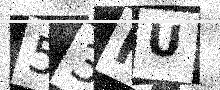
Text: 53FU